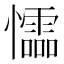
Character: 𰒡